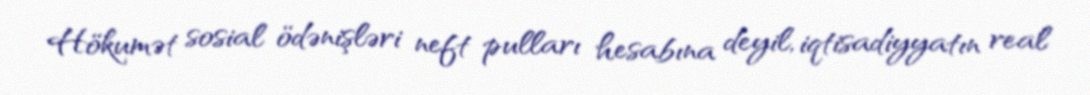
Hökumət sosial ödənişləri neft pulları hesabına deyil, iqtisadiyyatın real